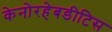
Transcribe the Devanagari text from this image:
केनोरहेबडीटिस